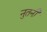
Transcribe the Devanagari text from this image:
नुतनी